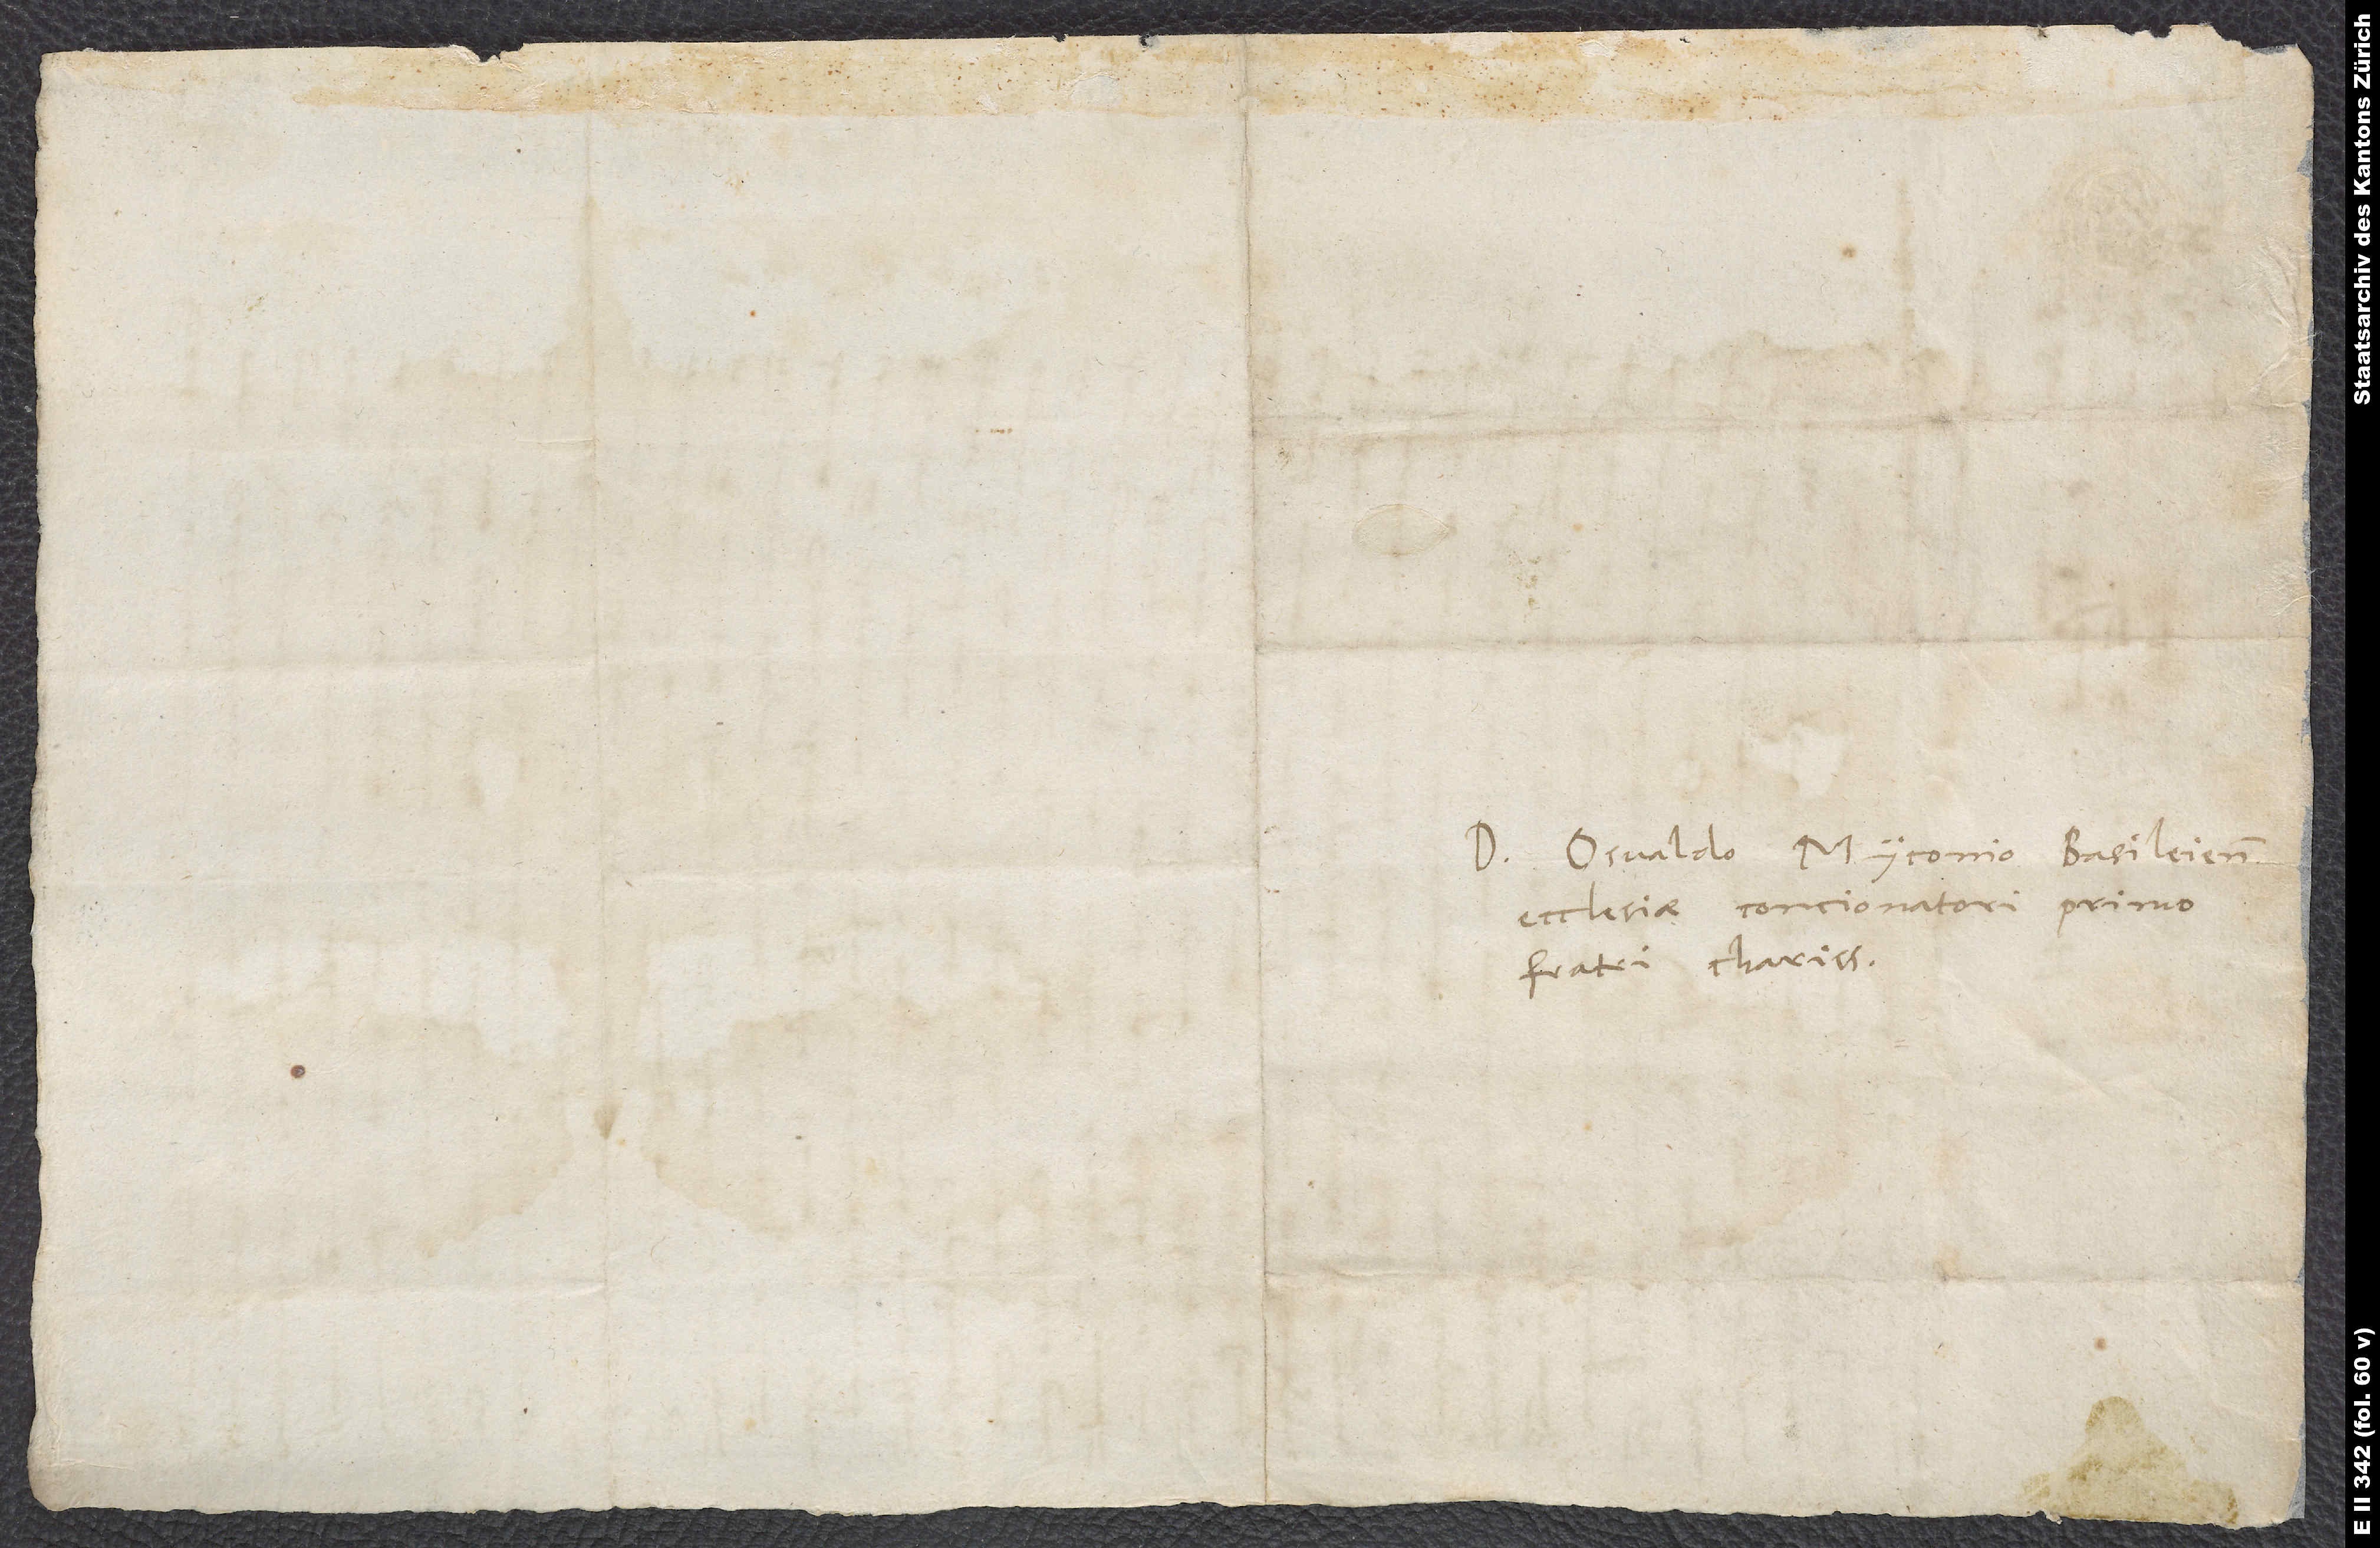
Domino Osvaldo Myconio, Basileiensis
ecclesiae concionatori primo,
fratri charissimo.